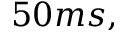
5 0 m s ,